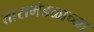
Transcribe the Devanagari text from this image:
तारामंडळाच्या